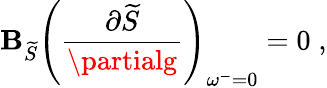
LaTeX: \mathbf{B}_{\widetilde{{S}}}\left(\frac{{\partial\widetilde{{S}}}}{{\partialg}}\right)_{\omega^{-}=0}=0\; ,